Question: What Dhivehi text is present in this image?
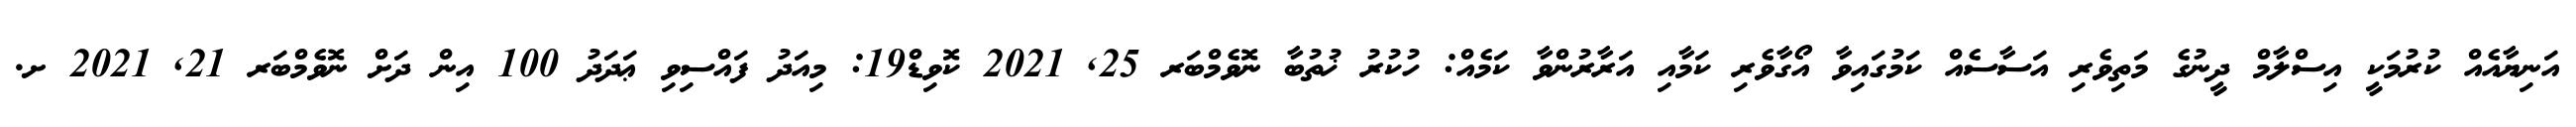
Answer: އަނިޔާއެއް ކުރުމަކީ އިސްލާމް ދީނުގެ މަތިވެރި އަސާސެއް ކަމުގައިވާ އޯގާވެރި ކަމާއި އަރާރުންވާ ކަމެއް: ހުކުރު ޚުތުބާ ނޮވެމްބަރ 25, 2021 ކޮވިޑް19: މިއަދު ފައްސިވި ޢަދަދު 100 އިން ދަށް ނޮވެމްބަރ 21, 2021 ށ.